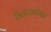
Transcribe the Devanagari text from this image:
बिबट्यापेक्षा